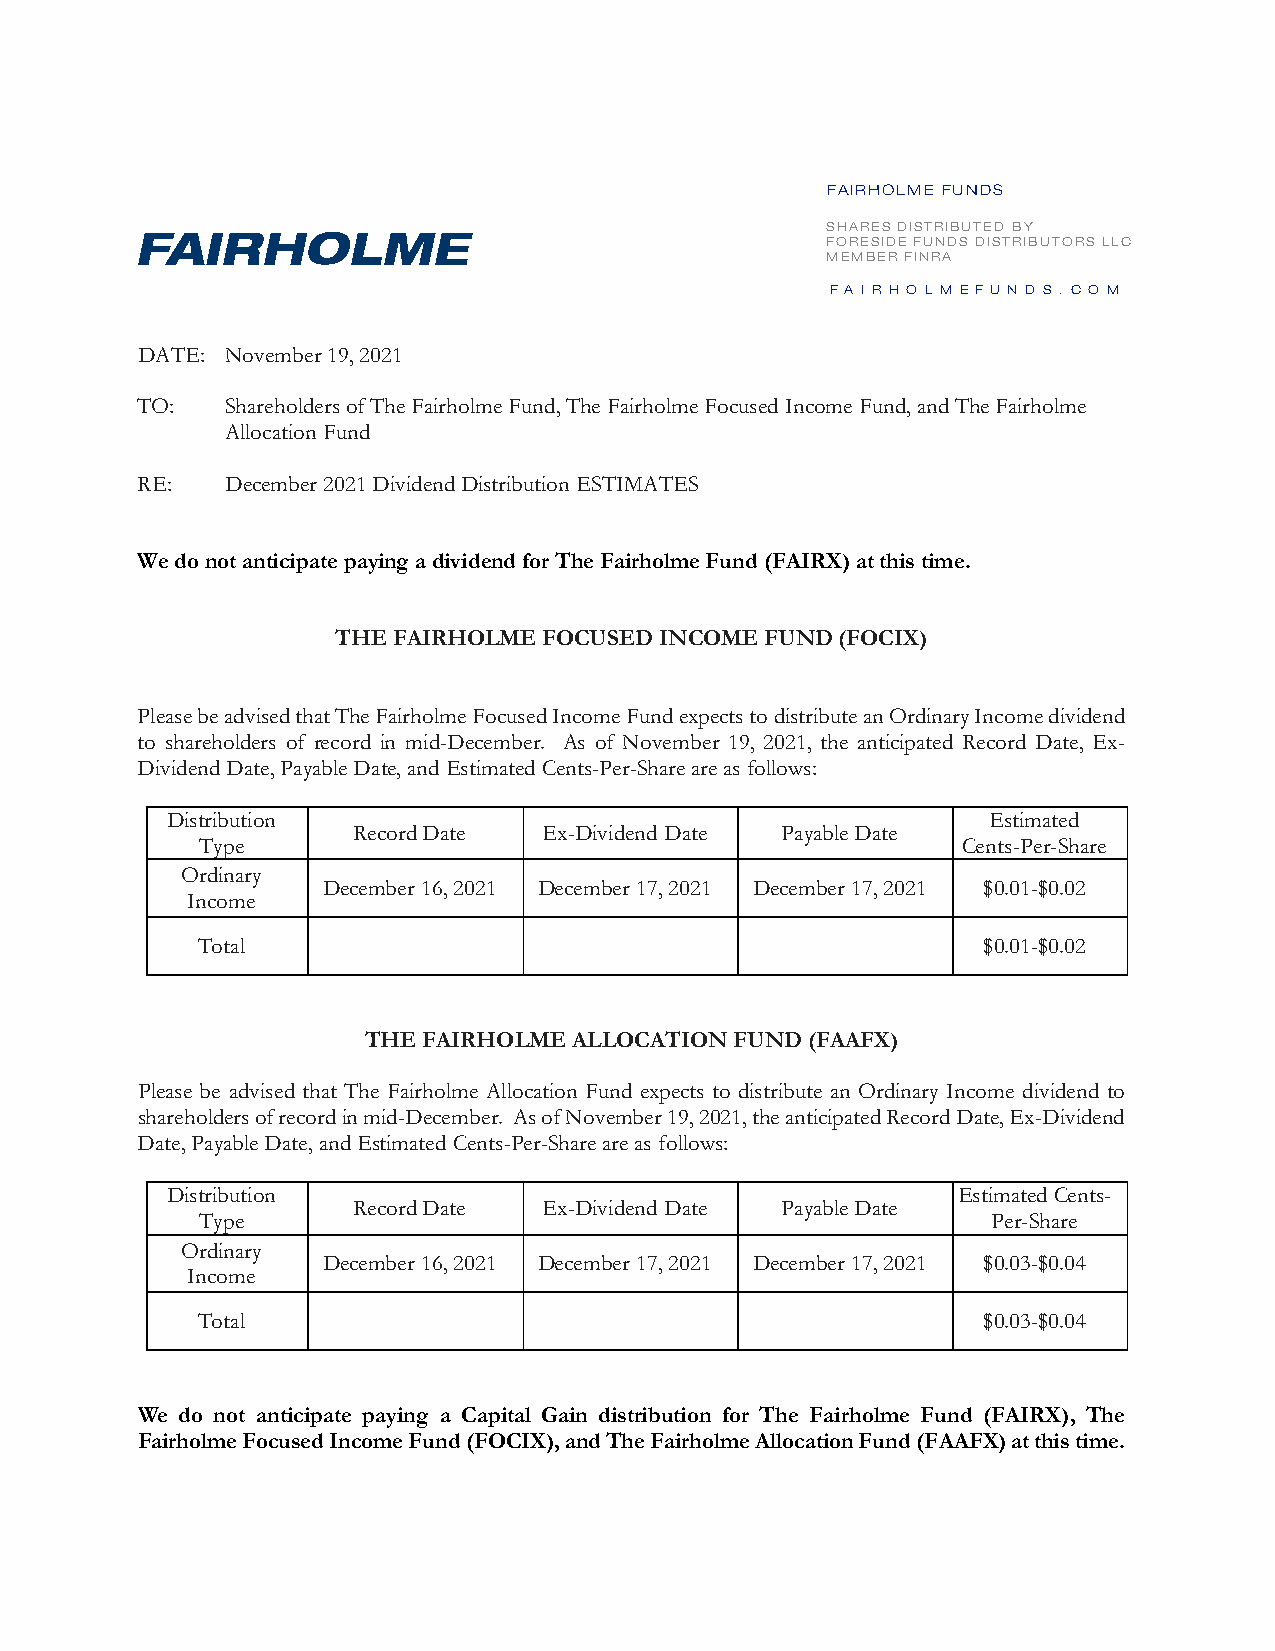
FAIRHOLME FUNDS
 F AIRHOLME
 SHARES DISTRIBUTED BY
 FORESIDE FUNDS DISTRIBUTORS LLC
 MEMBER FINRA
 F A I R H O L M E F U N D S . C O M
 DATE: November 19, 2021
 TO:   Shareholders of The Fairholme Fund, The Fairholme Focused Income Fund, and The Fairholme
 Allocation Fund
 RE:   December 2021 Dividend Distribution ESTIMATES
 We do not anticipate paying a dividend for The Fairholme Fund (FAIRX) at this time.
 THE FAIRHOLME FOCUSED INCOME FUND (FOCIX)
 Please be advised that The Fairholme Focused Income Fund expects to distribute an Ordinary Income dividend
 to shareholders of record in mid-December. As of November 19, 2021, the anticipated Record Date, Ex-
 Dividend Date, Payable Date, and Estimated Cents-Per-Share are as follows:
 Distribution                                          Estimated
 Record Date  Ex-Dividend Date Payable Date
 Type                                               Cents-Per-Share
 Ordinary
 December 16, 2021 December 17, 2021 December 17, 2021 $0.01-$0.02
 Income
 Total                                               $0.01-$0.02
 THE FAIRHOLME ALLOCATION FUND (FAAFX)
 Please be advised that The Fairholme Allocation Fund expects to distribute an Ordinary Income dividend to
 shareholders of record in mid-December. As of November 19, 2021, the anticipated Record Date, Ex-Dividend
 Date, Payable Date, and Estimated Cents-Per-Share are as follows:
 Distribution                                        Estimated Cents-
 Record Date  Ex-Dividend Date Payable Date
 Type                                                 Per-Share
 Ordinary
 December 16, 2021 December 17, 2021 December 17, 2021 $0.03-$0.04
 Income
 Total                                               $0.03-$0.04
 We do not anticipate paying a Capital Gain distribution for The Fairholme Fund (FAIRX), The
 Fairholme Focused Income Fund (FOCIX), and The Fairholme Allocation Fund (FAAFX) at this time.